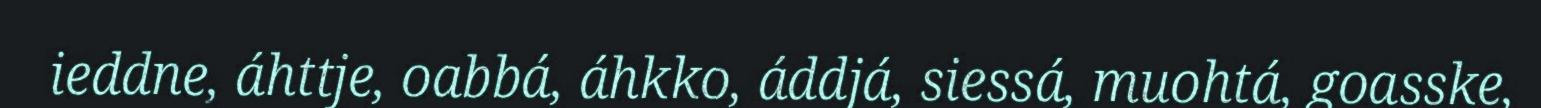
ieddne, áhttje, oabbá, áhkko, áddjá, siessá, muohtá, goasske,